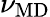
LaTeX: \nu_{\mathrm{MD}}